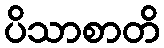
ပိသာစာတိ